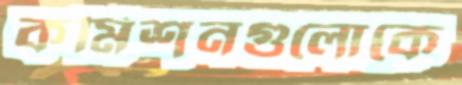
কমিশনগুলোকে